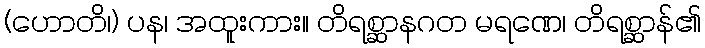
(ဟောတိ၊) ပန၊ အထူးကား။ တိရစ္ဆာနဂတ မရဏေ၊ တိရစ္ဆာန်၏